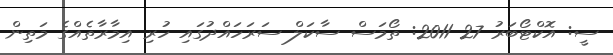
ސީ: އޮކްޓޯބަރު 27 2011: ތޯމަސް ސާކަލް ސަރަހައްދުގައި ހުރި އިމާރާތެއްގެ މަތިން